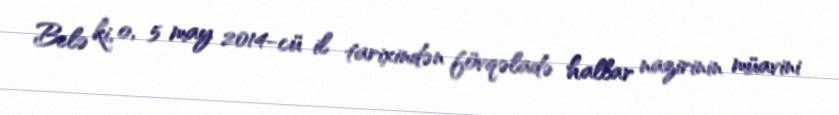
Belə ki, o, 5 may 2014-cü il tarixindən fövqəladə hallar nazirinin müavini